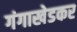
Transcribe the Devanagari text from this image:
गंगाखेडकर